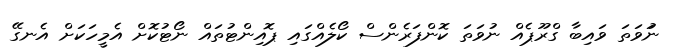
ނުަވަތަ ވައިބާ ގްރޫޕެއް ނުވަތަ ކޮންފަރެންސް ކޯލެއްގައި ޕޮއިންޓުތައް ނޯޓުކޮށް އެމީހަކަށް އެނގޭ